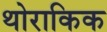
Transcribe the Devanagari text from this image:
थोराकिक